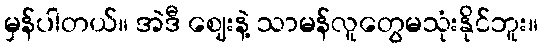
မှန်ပါတယ်။ အဲဒီ ဈေးနဲ့ သာမန်လူတွေမသုံးနိုင်ဘူး။